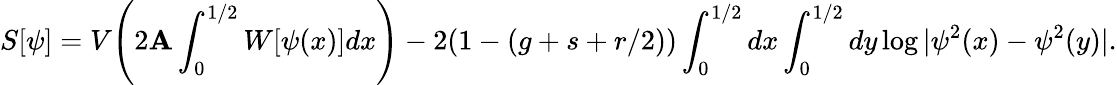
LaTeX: S[\psi]=V{\Biggr(}2\mathbf{A}\int_{0}^{1/2}W[\psi(x)]dx{\Biggl)}-2(1-(g+s+r/2))\int_{0}^{1/2}dx\int_{0}^{1/2}dy\log|\psi^{2}(x)-\psi^{2}(y)|.